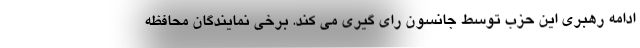
ادامه رهبری این حزب توسط جانسون رای گیری می کند. برخی نمایندگان محافظه